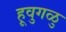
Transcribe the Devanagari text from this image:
हूवुगळु